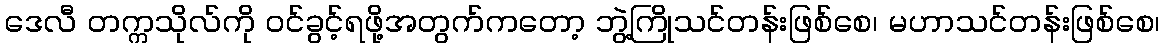
ဒေလီ တက္ကသိုလ်ကို ဝင်ခွင့်ရဖို့အတွက်ကတော့ ဘွဲ့ကြိုသင်တန်းဖြစ်စေ၊ မဟာသင်တန်းဖြစ်စေ၊